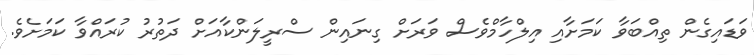
ވަޑައިގެން ތިއްބަވާ ކަމަށާއި އިލްހާމްވެސް ވަރަށް ގިނައިން ސްރީލަންކާއަށް ދަތުރު ކުރައްވާ ކަމަށެވެ.